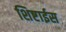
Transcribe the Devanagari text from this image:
शिष्टाईस